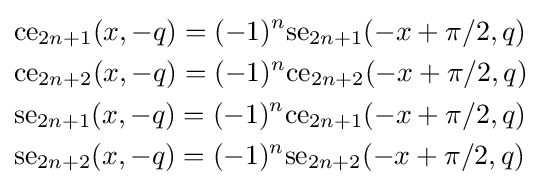
{\begin{aligned}&{\text{ce}}_{2n+1}(x,-q)=(-1)^{n}{\text{se}}_{2n+1}(-x+\pi /2,q)\\&{\text{ce}}_{2n+2}(x,-q)=(-1)^{n}{\text{ce}}_{2n+2}(-x+\pi /2,q)\\&{\text{se}}_{2n+1}(x,-q)=(-1)^{n}{\text{ce}}_{2n+1}(-x+\pi /2,q)\\&{\text{se}}_{2n+2}(x,-q)=(-1)^{n}{\text{se}}_{2n+2}(-x+\pi /2,q)\end{aligned}}